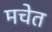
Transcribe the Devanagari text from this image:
मचेत